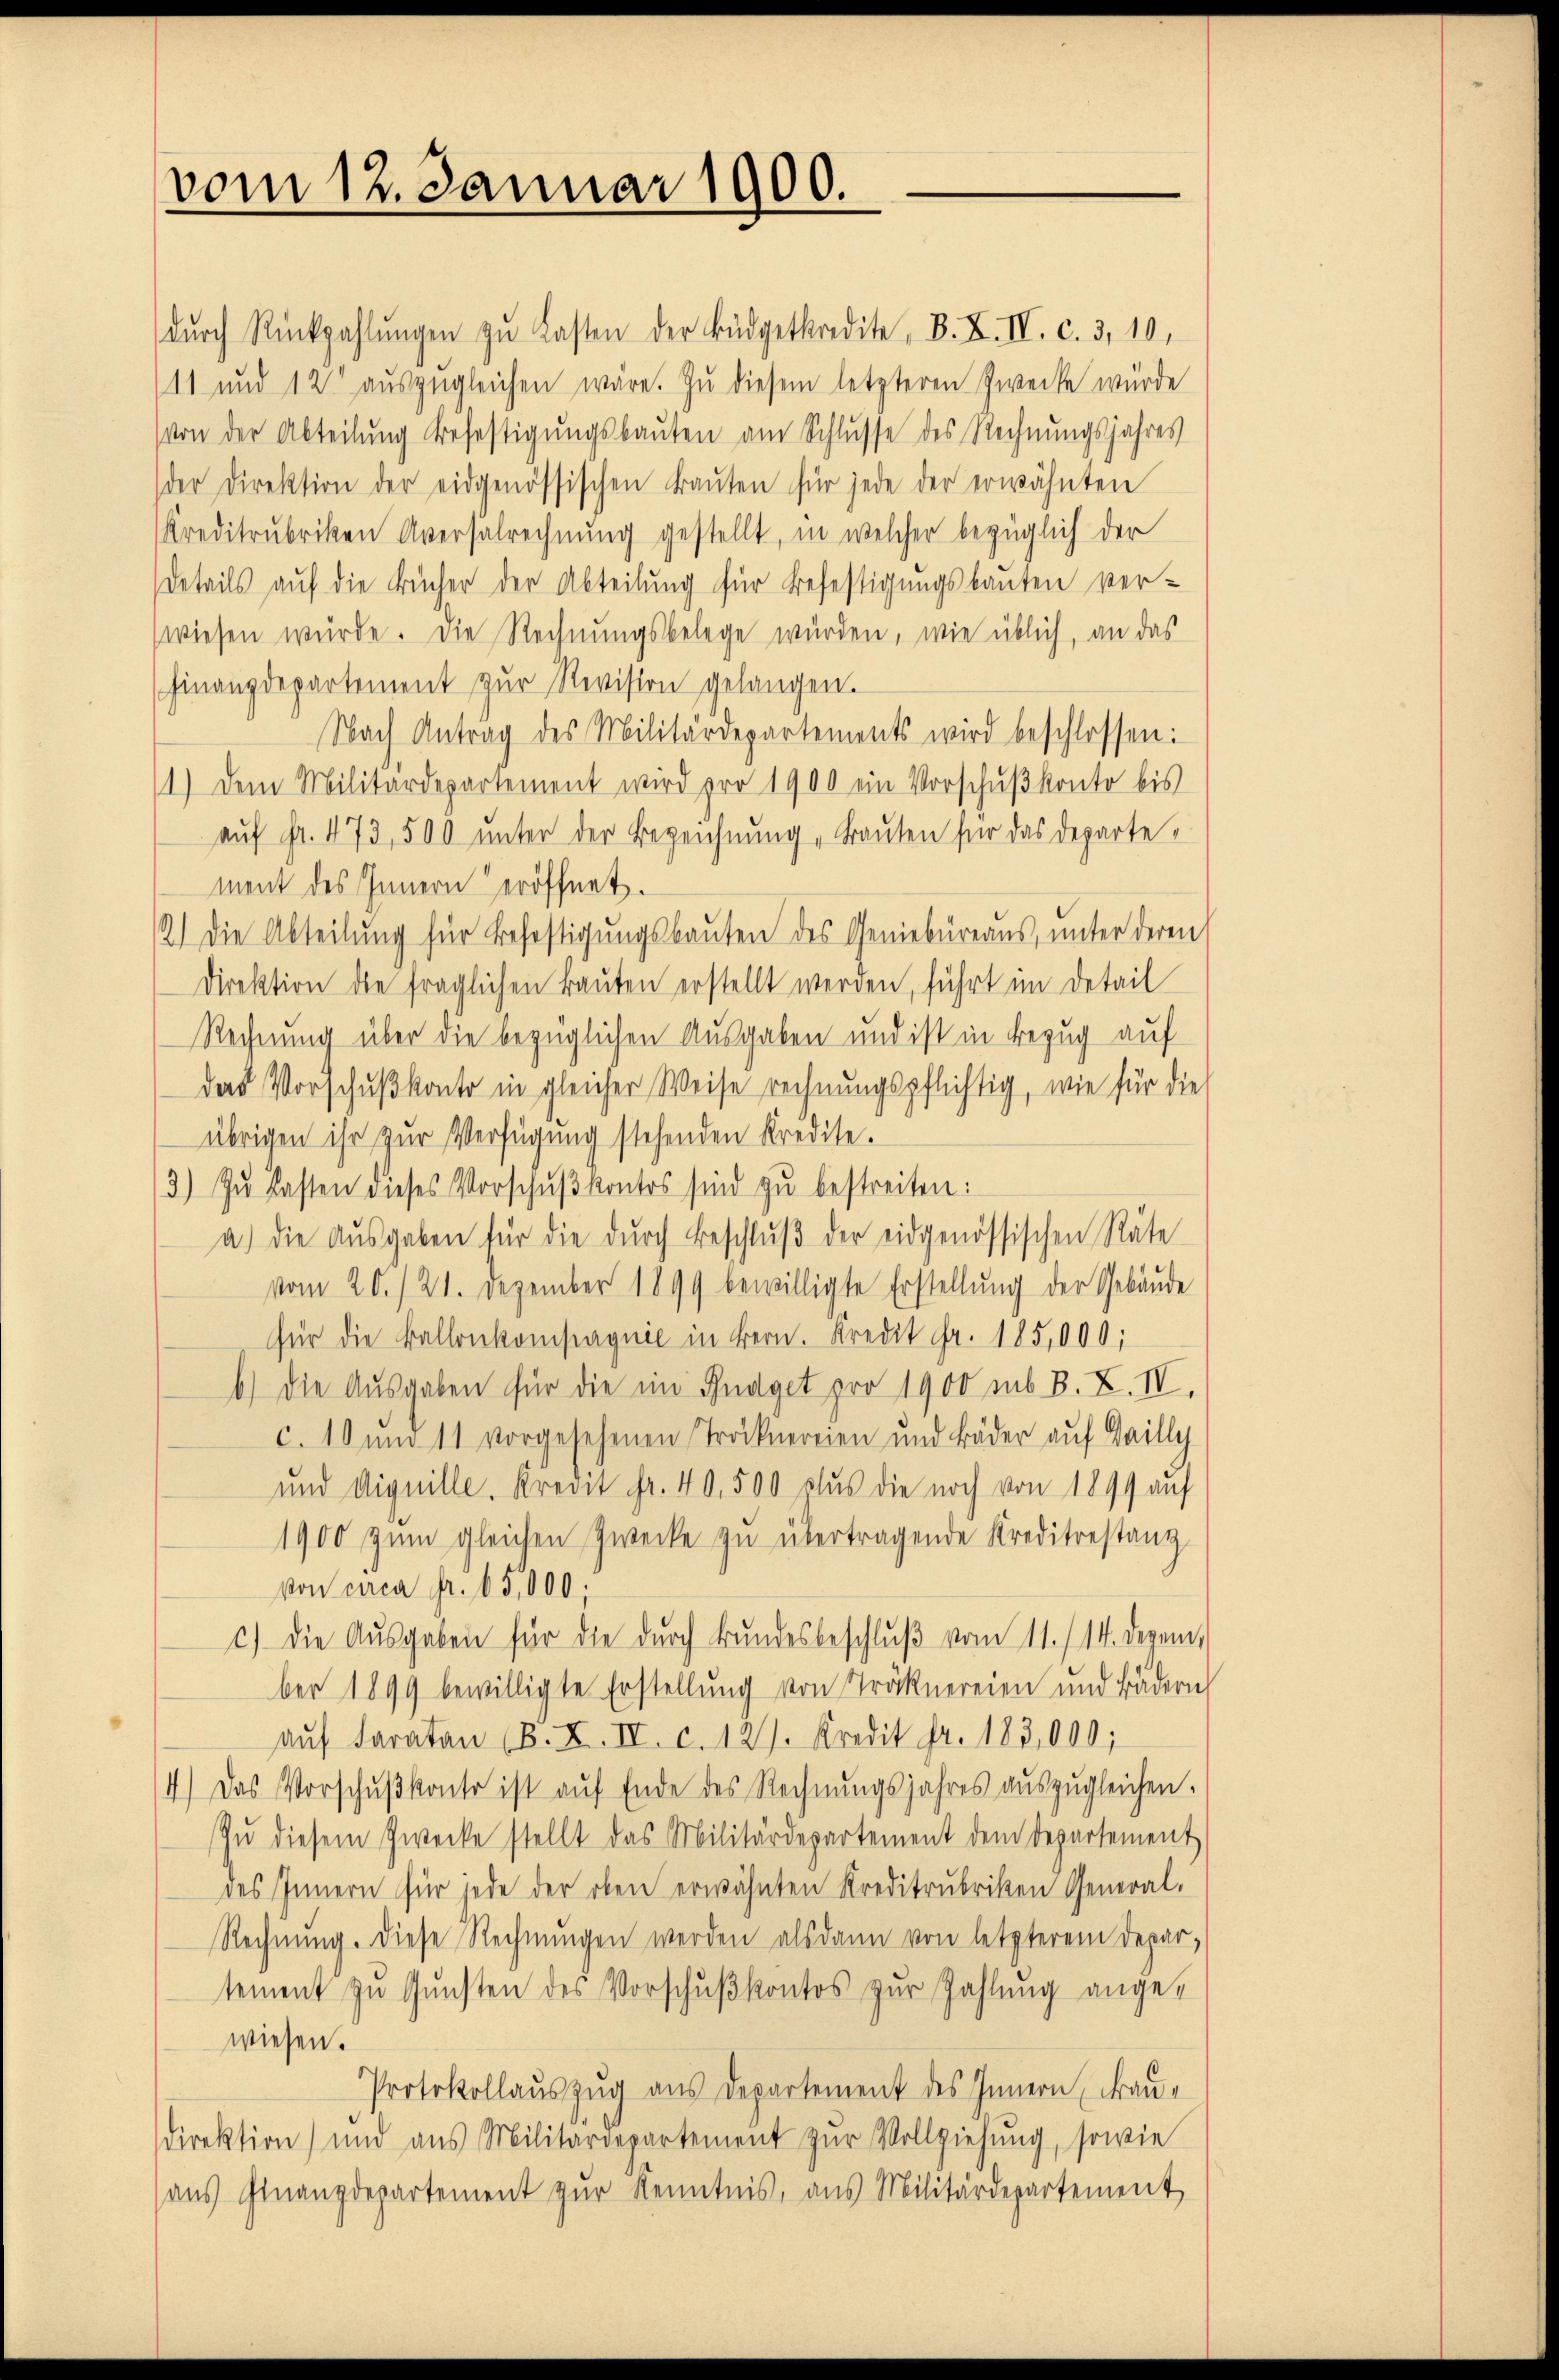
vom 12. Januar 1900.

dŭrch Rückzahlŭngen zu Lasten der Büdgetkredite, B. X. IV. c. 3, 10,
111 und 12 auszugleichen wäre. Zu diesem letzteren Zwecke wurde
von der Abteilung Befestigungsbauten am Schlusse des Rechnungsjahres
der Direktion der eidgenössischen Baŭten für jede der erwähnten
Kreditrubriken Aversalrechnung gestellt, in welcher bezüglich der
Details auf die Bücher der Abteilung für Befestigungsbauten ver-
wiesen würde. Die Rechnungsbelege würden, wie üblich, an das
Finanzdepartement zur Revision gelangen.
Nach Antrag des Militärdepartements wird beschlossen:
1) Dem Militärdepartement wird pro 1900 ein Vorschŭβkonto bis
aŭf Fr. 473, 500 ŭnter der Bezeichnŭng, trauten für das Departement des Innern eröffnet.
2.) Die Abteilung für Befestigungsbauten des Geniebüreaus, unter deren
Direktion die fraglichen Bauten erstellt werden, führt im Detail
Rechnung über die bezüglichen Ausgaben und ist in Bezug auf
das Vorschußkonto in gleicher Weise rechnungspflichtig, wie für die
übrigen ihr zur Verfügung stehenden Kredite.
3) Zu Lasten dieses Vorschŭβ kontos sind zu bestreiten:
a.) die Aŭsgaben für die dŭrch Beschlŭβ der eidgenössischen Räte
vom 20./21. Dezember 1899 bewilligte Erstellung der Gebäude
für die Ballenkompagnie in Bern. Kredit Fr. 185,000;
b.) Die Ausgaben für die im Budget pro 1900 sub B. L. IV.
c. 10 um 11 vorgesehenen Trocknereien und Bäder auf Gailly
und Diquille. Kredit fr. 40,500 aus die noch von 1899 auf
1900 zŭm gleichen Zwecke zŭ übertragende Kreditestanz
von circa Fr. 65,000.
c) die Ausgaben für die durch Bundesbeschlŭβ vom 11./14. Dezember 1899 bewilligte Erstellung von Tröcknereien und Bädern
aŭf Faraten (B. I. IV. c. 127. Kredit fr. 183,000;
4.) Das Vorschußkonto ist auf Ende des Rechnungsjahres auszugleichen.
Zŭ diesem Zwecke stellt das Militärdepartement dem Departement
des Innern für jede der oben erwähnten Kreditrubriken General-
Rechnŭng. Diese Rechnŭngen werden alsdann von letzterem Depar-
tement zŭ Gŭnsten des Vorschŭβkontos zŭr Zahlŭng ange-
wiesen.
Protokollauszug aus Departement des Innern, Fraudirektion) und aus Militärdepartement zŭr Vollziehung, sowie
aus Finanzdepartement zŭr Kenntnis, aus Militärdepartement